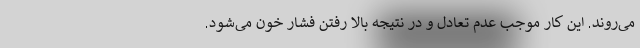
می‌روند. این کار موجب عدم تعادل و در نتیجه بالا رفتن فشار خون می‌شود.